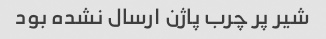
شیر پر چرب پاژن ارسال نشده بود